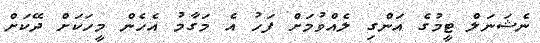
ނެޝަނަލް ޓީމުގެ އަންގި ލެއްވުމަށް ފަހު އެ މަގާމު އެހެން މީހަކަށް ދޭކަށް